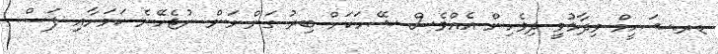
ޑރ.ޝަހީމް ވިދާޅުވީ ދިވެހިން އެއްވެސް ޝޭހަކަށް ބިރު ގަންނަން ނުޖެހޭނެ ކަމަށާއި ފަސް